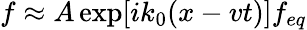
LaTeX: f\approx A\exp[ik_{0}(x-vt)]f_{eq}